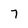
Character: 7